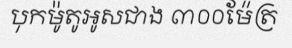
បុកម៉ូតូអូសជាង ៣០០ម៉ែត្រ